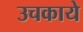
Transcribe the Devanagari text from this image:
उचकाये